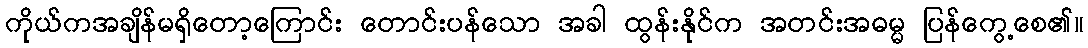
ကိုယ်ကအချိန်မရှိတော့ကြောင်း တောင်းပန်သော အခါ ထွန်းနိုင်က အတင်းအဓမ္မ ပြန်ကွေ့စေ၏။